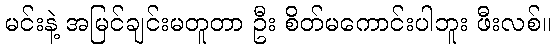
မင်းနဲ့ အမြင်ချင်းမတူတာ ဦး စိတ်မကောင်းပါဘူး ဖီးလစ်။